Serum-therapy of plague in India - Number 20
Disease focus: Plague
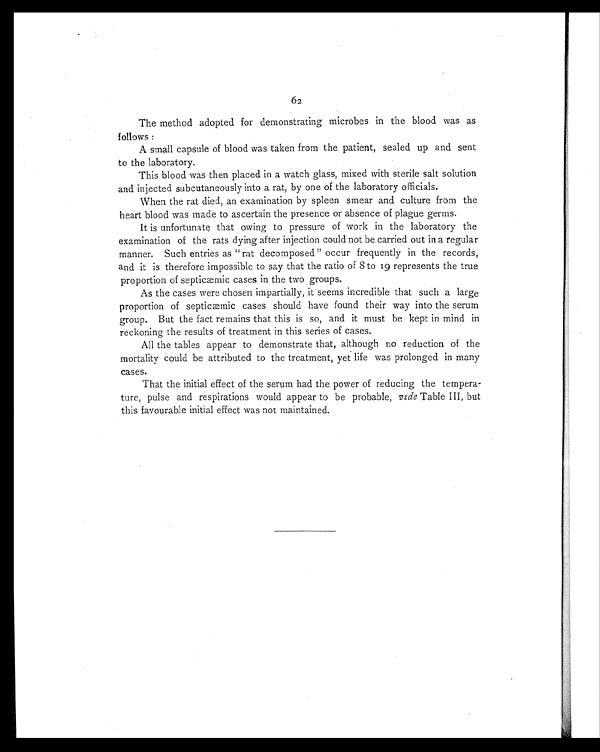
62
The method adopted for demonstrating microbes in the blood was as
follows :
A small capsule of blood was taken from the patient, sealed up and sent
to the laboratory.
This blood was then placed in a watch glass, mixed with sterile salt solution
and injected subcutaneously into a rat, by one of the laboratory officials.
When the rat died, an examination by spleen smear and culture from the
heart blood was made to ascertain the presence or absence of plague germs.
It is unfortunate that owing to pressure of work in the laboratory the
examination of the rats dying after injection could not be carried out in a regular
manner. Such entries as "rat decomposed" occur frequently in the records,
and it is therefore impossible to say that the ratio of 8 to 19 represents the true
proportion of septicæmic cases in the two groups.
As the cases were chosen impartially, it seems incredible that such a large
proportion of septicæmic cases should have found their way into the serum
group. But the fact remains that this is so, and it must be kept in mind in
reckoning the results of treatment in this series of cases.
All the tables appear to demonstrate that, although no reduction of the
mortality could be attributed to the treatment, yet life was prolonged in many
cases.
That the initial effect of the serum had the power of reducing the tempera-
ture, pulse and respirations would appear to be probable, vide Table III, but
this favourable initial effect was not maintained.